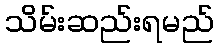
သိမ်းဆည်းရမည်